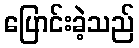
ပြောင်းခဲ့သည်